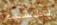
للقبض